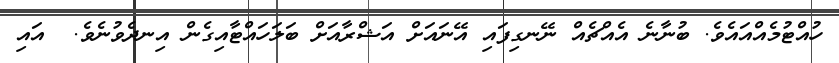
ހުއްޓުމެެއްއައެވެ. ބުނާނެ އެއްޗެެއް ނޭނގިފައި އޭނައަށް އަޝްރާއަށް ބަލަހައްޓާއިގެން އިނދެވުނެވެ.  އައި